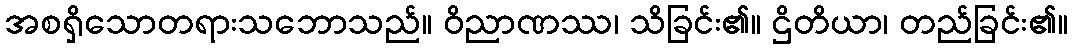
အစရှိသောတရားသဘောသည်။ ဝိညာဏဿ၊ သိခြင်း၏။ ဌိတိယာ၊ တည်ခြင်း၏။